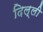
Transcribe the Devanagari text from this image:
दिल्‌ली